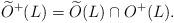
LaTeX: \begin{align*}\widetilde O^+(L) = \widetilde O(L) \cap O^+(L).\end{align*}